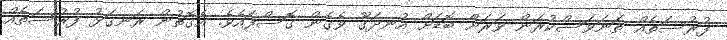
ފުރުސަތެއް ތަނަވަސްކުރަން ވަރަށް ބޮޑަށް އުނދަގޫ ވެގެން ގޮސްފައެވެ. އެގޮތުން ރަނގަޅު ފުރުސަތެއް